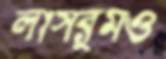
ক্লাসরুমও